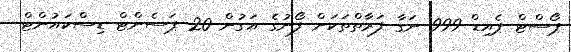
ޕޯސްޓް ޕެއިޑް 999 ނަގާ ފަރާތްތަކަށް ފޯނުގެ އަގުން 20 ޕަސެންޓް ޑިސްކައުންޓް